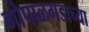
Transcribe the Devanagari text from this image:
गोपाळगडाच्या